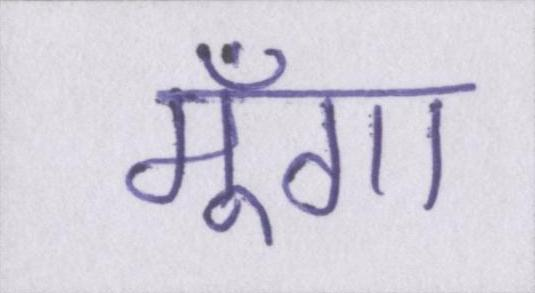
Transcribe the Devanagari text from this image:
मूँगा